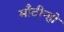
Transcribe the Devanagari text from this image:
माँटीन्हो